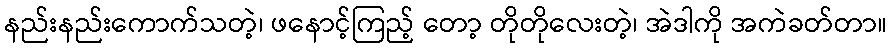
နည်းနည်းကောက်သတဲ့၊ ဖနောင့်ကြည့် တော့ တိုတိုလေးတဲ့၊ အဲဒါကို အကဲခတ်တာ။